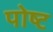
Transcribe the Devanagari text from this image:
पोष्‍ट